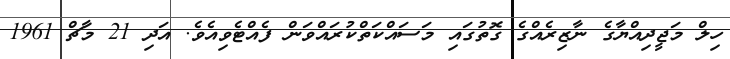
ހިލް މަޖީދިއްޔާގެ ނާޒިރެއްގެ ގޮތުގައި މަސައްކަތްކުރައްވަން ފެއްޓެވިއެވެ. އަދި 21 މާޗް 1961